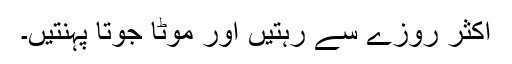
اکثر روزے سے رہتیں اور موٹا جوتا پہنتیں۔